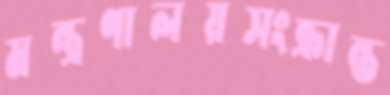
মন্ত্রণালয়সংক্রান্ত